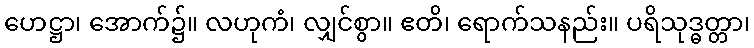
ဟေဋ္ဌာ၊ အောက်၌။ လဟုကံ၊ လျှင်စွာ။ ဧတိ၊ ရောက်သနည်း။ ပရိသုဒ္ဓတ္တာ၊